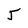
Character: 5